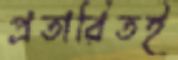
প্রতারিতই